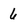
Character: 6